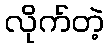
လိုက်တဲ့